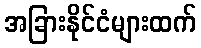
အခြားနိုင်ငံများထက်